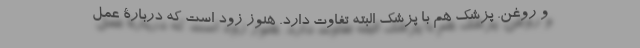
و روغن. پزشک هم با پزشک البته تفاوت دارد. هنوز زود است که دربارۀ عمل